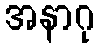
အနာဂု